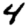
Digit: 4